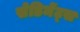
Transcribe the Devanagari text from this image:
सेडिमेंट्स